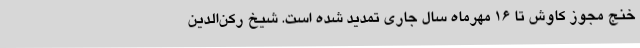
خنج مجوز کاوش تا 16 مهرماه سال جاری تمدید شده است. شیخ رکن‌الدین